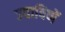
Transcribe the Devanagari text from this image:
ज्याविणें